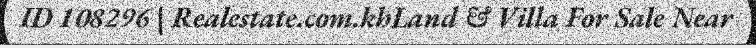
ID 108296 | Realestate.com.khLand & Villa For Sale Near